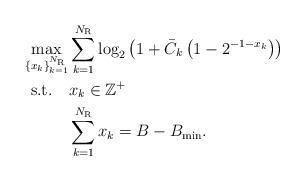
LaTeX: \begin{align*} \begin{aligned}\mathop {\max }\limits_{\left\{ {{x_k}} \right\}_{k = 1}^{{N_{\rm{R}}}}} &\sum\limits_{k = 1}^{{N_{\rm{R}}}} {{{\log }_2}\left( {{{1 + {{\bar C}_k}\left({1 - {2^{ - 1 - {x_k}}}}\right)}}} \right)} \\{\rm{s.t.}}\quad&{x_k} \in {{\mathbb Z}^ + }\\&\sum\limits_{k = 1}^{{N_{\rm{R}}}} {{x_k}} = {B} - {B_{{\rm{min}}}}.\end{aligned}\end{align*}